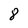
Character: 8